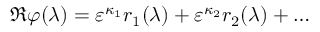
\Re \varphi ( \lambda ) = \varepsilon ^ { \kappa _ { 1 } } r _ { 1 } ( \lambda ) + \varepsilon ^ { \kappa _ { 2 } } r _ { 2 } ( \lambda ) + \ldots